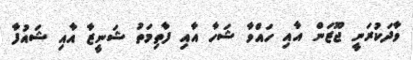
ވާދަކުރަނީ ޖޫޒަން އާއި ހައްވާ ޝަހާ އާއި ފާތިމަތު ޝަނީޒާ އާއި ޝައުފާ